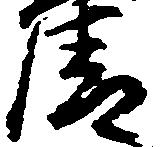
清